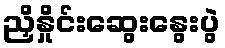
ညှိနှိုင်းဆွေးနွေးပွဲ